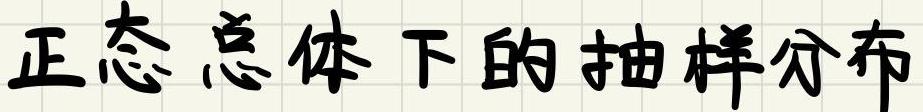
正态总体下的抽样分布